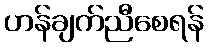
ဟန်ချက်ညီစေရန်